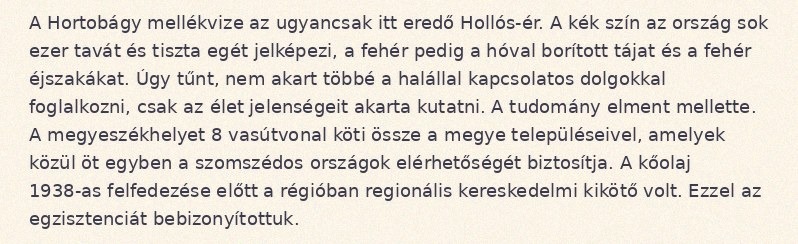
A Hortobágy mellékvize az ugyancsak itt eredő Hollós-ér. A kék szín az ország sok ezer tavát és tiszta egét jelképezi, a fehér pedig a hóval borított tájat és a fehér éjszakákat. Úgy tűnt, nem akart többé a halállal kapcsolatos dolgokkal foglalkozni, csak az élet jelenségeit akarta kutatni. A tudomány elment mellette. A megyeszékhelyet 8 vasútvonal köti össze a megye településeivel, amelyek közül öt egyben a szomszédos országok elérhetőségét biztosítja. A kőolaj 1938-as felfedezése előtt a régióban regionális kereskedelmi kikötő volt. Ezzel az egzisztenciát bebizonyítottuk.